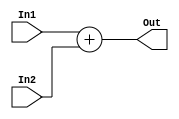
module Adder(input [31:0]In1,
            input [31:0]In2,
            output [31:0]Out);
    assign Out = In1 + In2;
endmodule